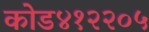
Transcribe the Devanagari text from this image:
कोड४१२२०५